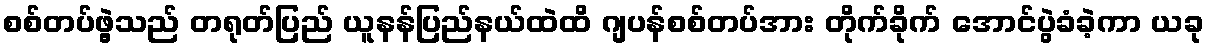
စစ်တပ်ဖွဲ့သည် တရုတ်ပြည် ယူနန်ပြည်နယ်ထဲထိ ဂျပန်စစ်တပ်အား တိုက်ခိုက် အောင်ပွဲခံခဲ့ကာ ယခု